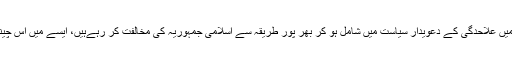
خصوصاً اِن دنوں جب دین اور سیاست میں علاحدگی کے دعویدار سیاست میں شامل ہو کر بھر پور طریقہ سے اسلامی جمہوریہ کی مخالفت کر رہےہیں، ایسے میں اس چینل کی حقیقت سے پردے ہٹ چکے ہیں۔